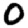
Digit: 0